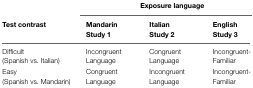
|  | <COLSPAN=3> Exposure language |
 | Test contrast | Mandarin Study 1 | Italian Study 2 | English Study 3 |
 | --- | --- | --- | --- |
 | Difficult (Spanish vs. Italian) | Incongruent Language | Congruent Language | Incongruent-Familiar |
 | Easy (Spanish vs. Mandarin) | Congruent Language | Incongruent Language | Incongruent-Familiar |